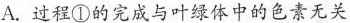
A. 过程①的完成与叶绿体中的色素无关